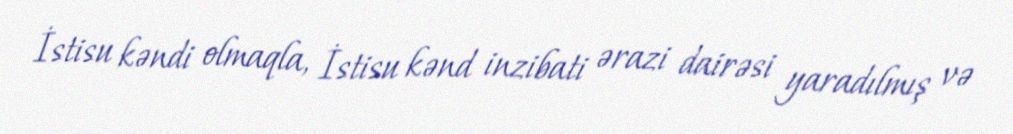
İstisu kəndi olmaqla, İstisu kənd inzibati ərazi dairəsi yaradılmış və